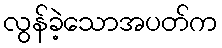
လွန်ခဲ့သောအပတ်က